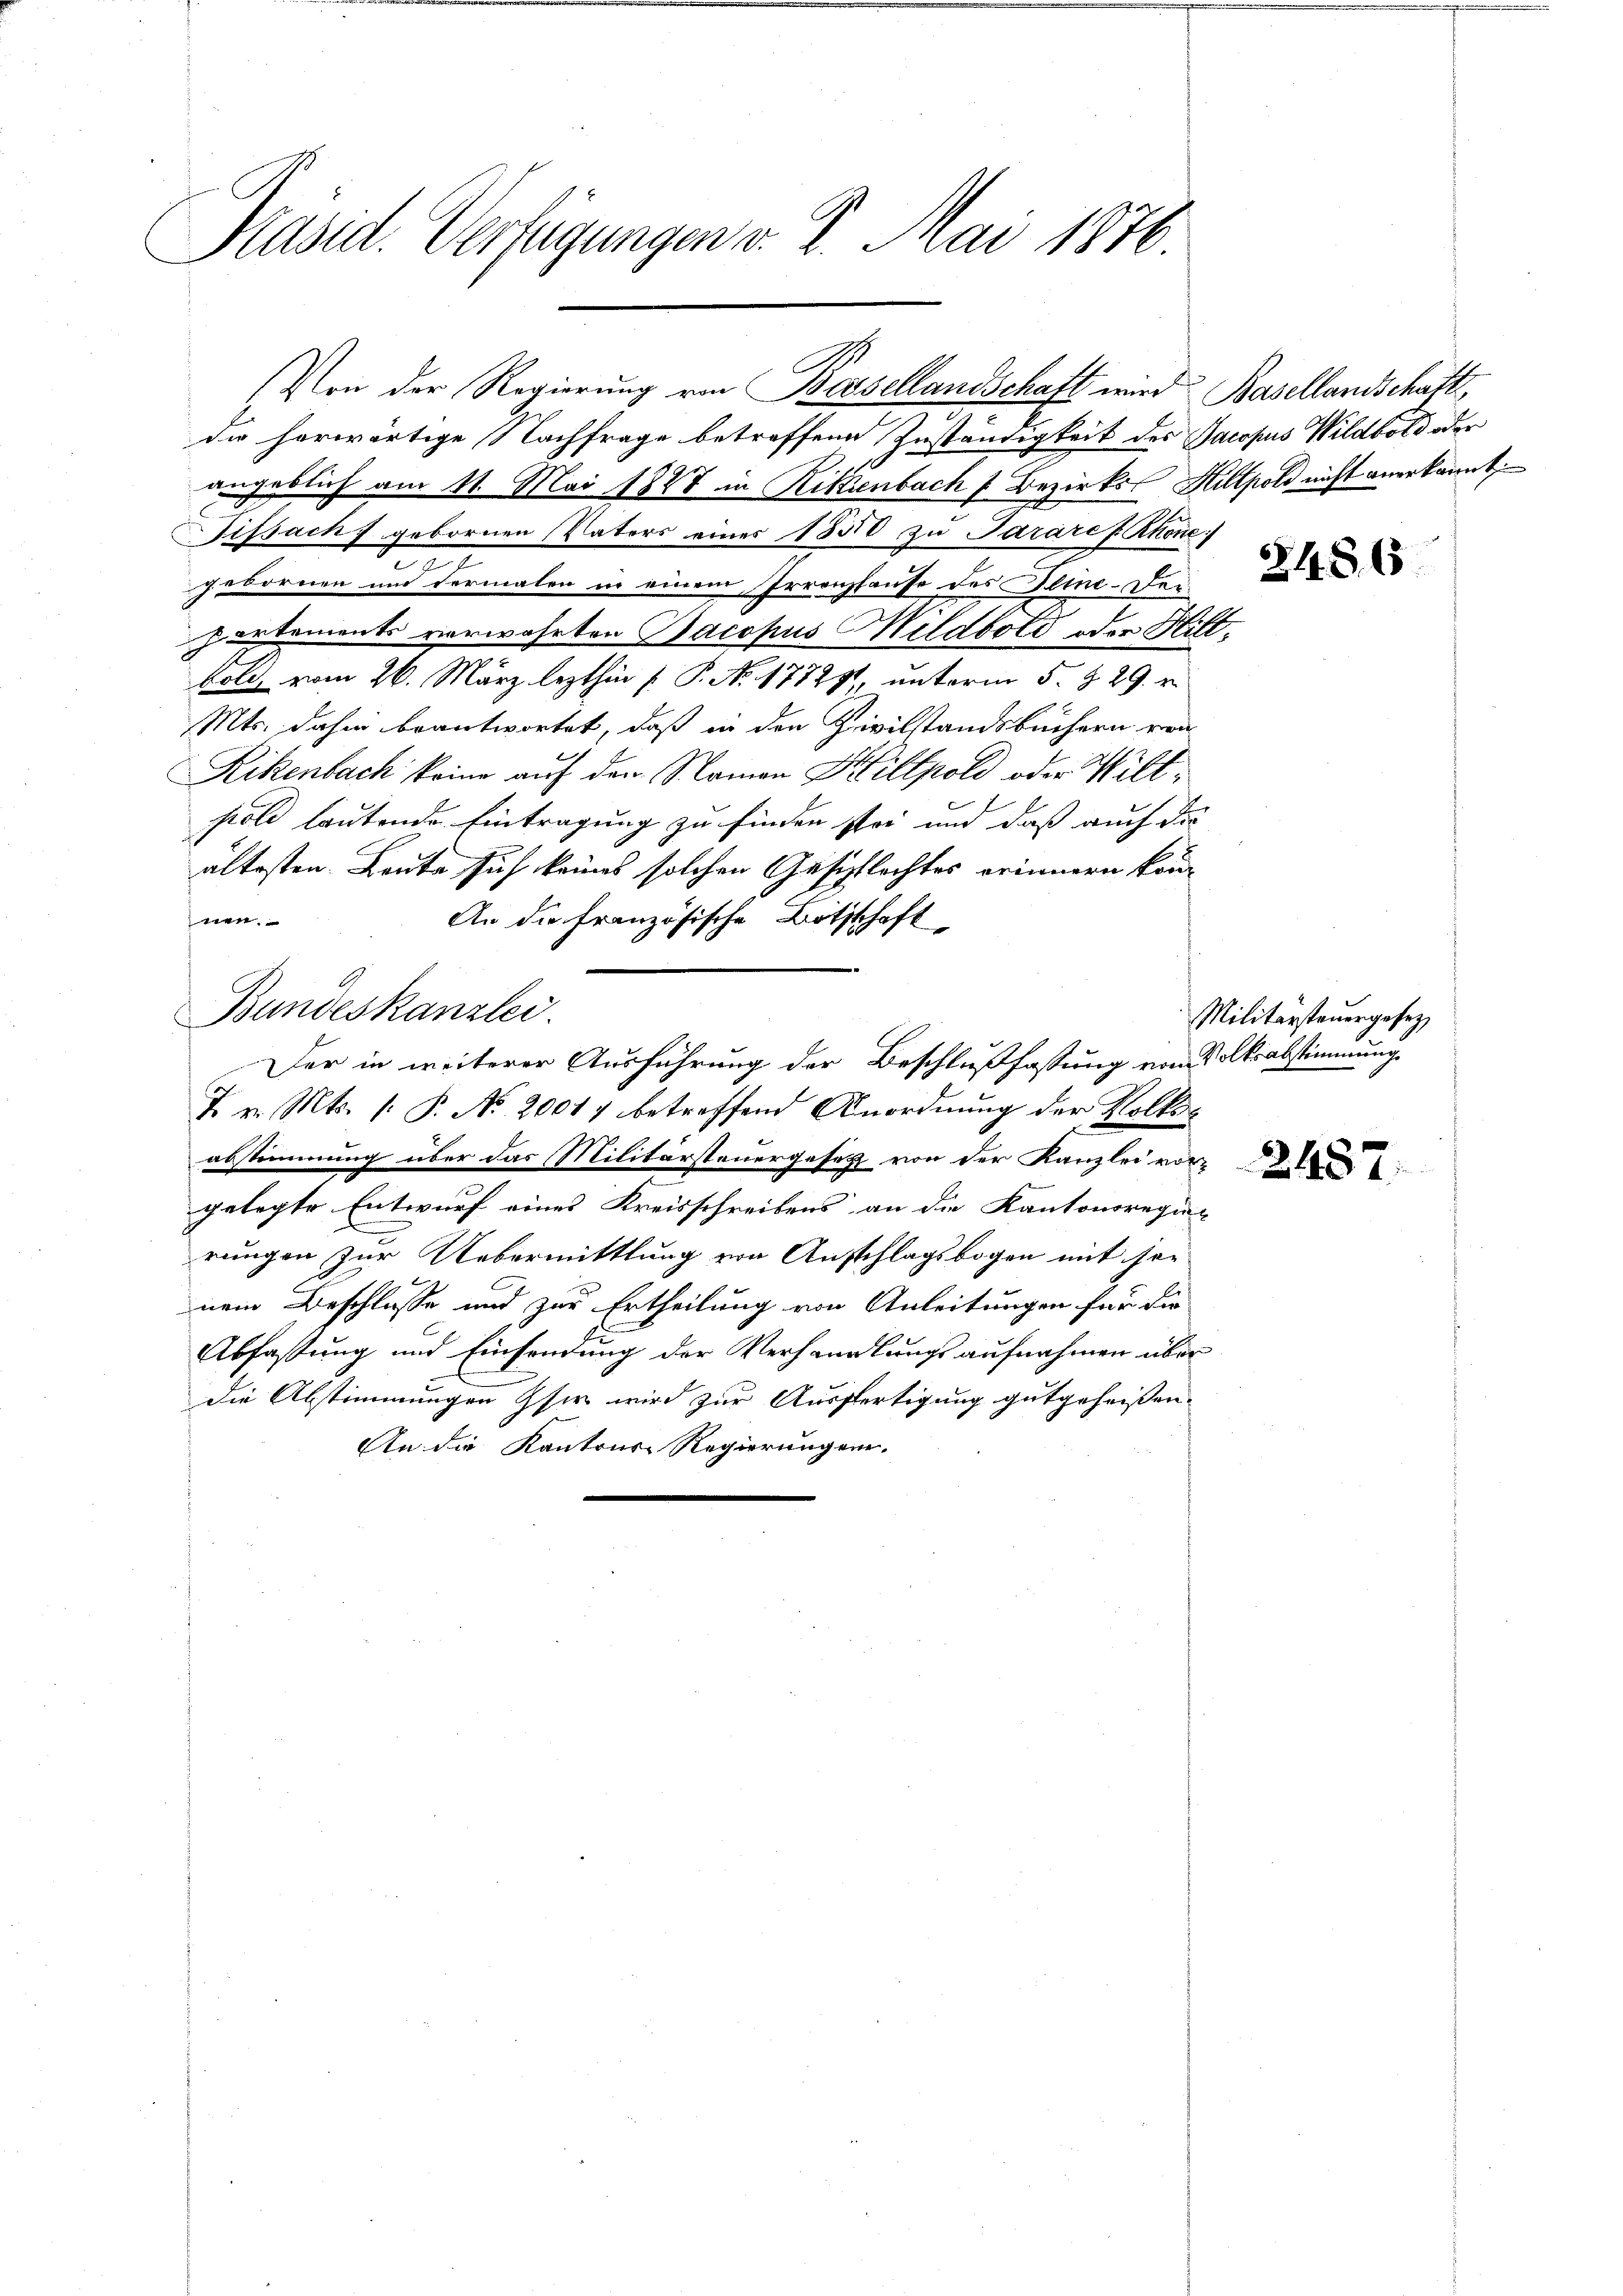
Präsid. Verfügungen v. 8. Mai 1876.

die herwärtige Nachfrage betroffene Zuständigkeit des Jacopus Wildbold oder
angeblich am 11. Mai 1847 in Rittenbach Bezirks Hiltpold nicht anerkannt:
issach, gebornen Vaters eines 1830 zu Parare u. Rhone:
e
gebornen und dermalen in einem Irrenzhause des Pline. Der
partements verwahrten Jacopus Mildbold oder Hilt.
bole vom 26. März lezthin [ P. No. 177291, unterm 5. §. 29. v.
Mts. dahin beantwortet, daß in den Zivilstandsbüchern von
Rikenbach keine auf den Namen Hillpold oder Wiltptold lautende Eintragung zu finden stei und daß auch die
ältesten Beute sich keines solchen Geschlechtes erinnern können.
An die französische Bothschaft
Bundeskanzlei.
Der in weiterer Ausführung der Beschlußfassung von Volksabstimmung
7. v. Mts. 1. P. No. 20017 betreffend Anordnung der Volksabstimmung über das Militärsteuergesetz von der Kanzlei vor-
gelegte Entwurf eines Kreisschreibens an die Kantonsregier
rungen zur Uebermittlung von Anschlagsbogen mit jenem Beschlüsse und zur Ertheilung von Anleitungen für die
Abfassung und Einsendung der Verhandlungsaufnahmen über
die Abstimmungen sie wird zur Ausfertigung gutgeheißen.
An die Kantons-Regierungen.

(Von der Regierung von Basellandschaft wird Basellandschaft,

2486

Militärsteuergesez

2487.